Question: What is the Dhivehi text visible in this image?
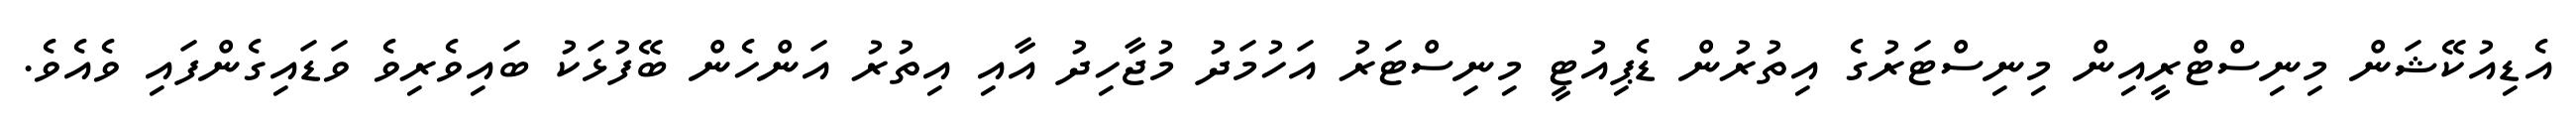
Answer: އެޑިއުކޭޝަން މިނިސްޓްރީއިން މިނިސްޓަރުގެ އިތުރުން ޑެޕިއުޓީ މިނިސްޓަރު އަހުމަދު މުޖާހިދު އާއި އިތުރު އަންހެން ބޭފުޅަކު ބައިވެރިވެ ވަޑައިގެންފައި ވެއެވެ.